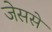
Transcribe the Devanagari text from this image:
जेससे